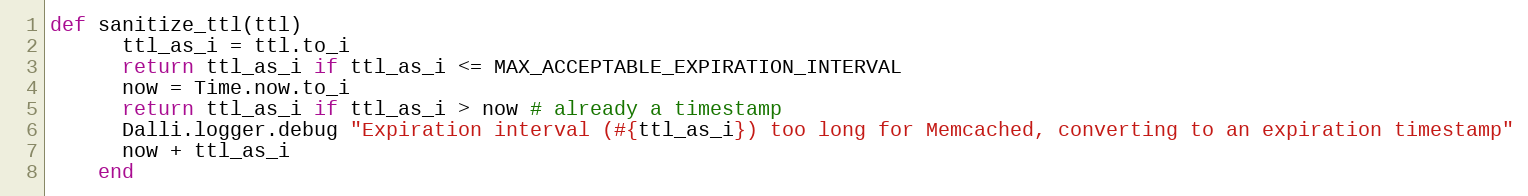
Language: Ruby
def sanitize_ttl(ttl)
      ttl_as_i = ttl.to_i
      return ttl_as_i if ttl_as_i <= MAX_ACCEPTABLE_EXPIRATION_INTERVAL
      now = Time.now.to_i
      return ttl_as_i if ttl_as_i > now # already a timestamp
      Dalli.logger.debug "Expiration interval (#{ttl_as_i}) too long for Memcached, converting to an expiration timestamp"
      now + ttl_as_i
    end